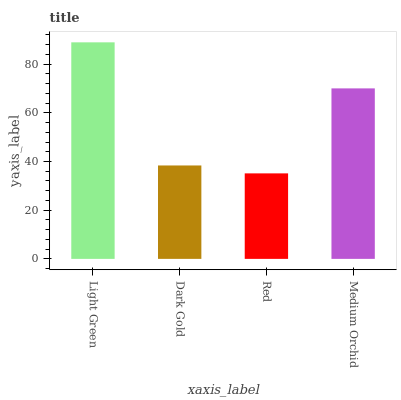
| xaxis_label | bars |
 | --- | --- |
 | Light Green | 88.9 |
 | Dark Gold | 38.4 |
 | Red | 35.1 |
 | Medium Orchid | 70 |